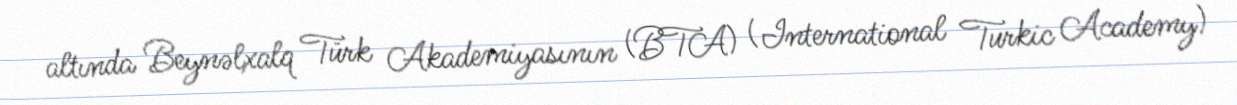
altında Beynəlxalq Türk Akademiyasının (BTA) (International Turkic Academy)